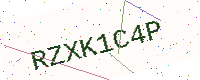
Text: RZXK1C4P